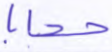
حجابا